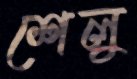
শেলু